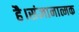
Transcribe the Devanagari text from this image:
है।संज्ञानात्मक